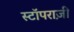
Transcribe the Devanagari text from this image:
स्टॉपराज़ी